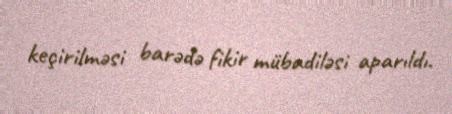
keçirilməsi barədə fikir mübadiləsi aparıldı.